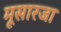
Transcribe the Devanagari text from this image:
मूसारजा